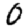
Digit: 0